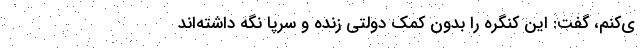
ی‌کنم، گفت: این کنگره را بدون کمک دولتی زنده و سرپا نگه داشته‌اند